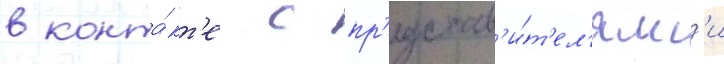
в конта́кт'е с пр'едстав'и́т'ел'ям'и